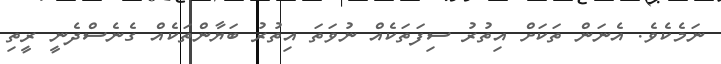
ނަމެކެވެ. އެނަން ތަކަށް އިތުރު ސިފަތަކެއް ނުވަތަ އިތުރު ބަޔާންތަކެއް ގެނެސްދެނީ ރީތި